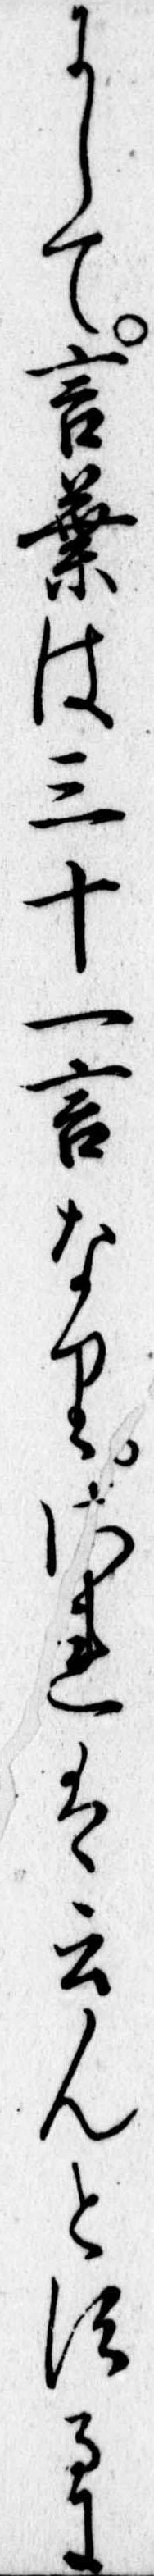
にして言葉は三十一言なりされは云んとするに